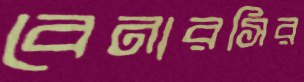
বেনারসির